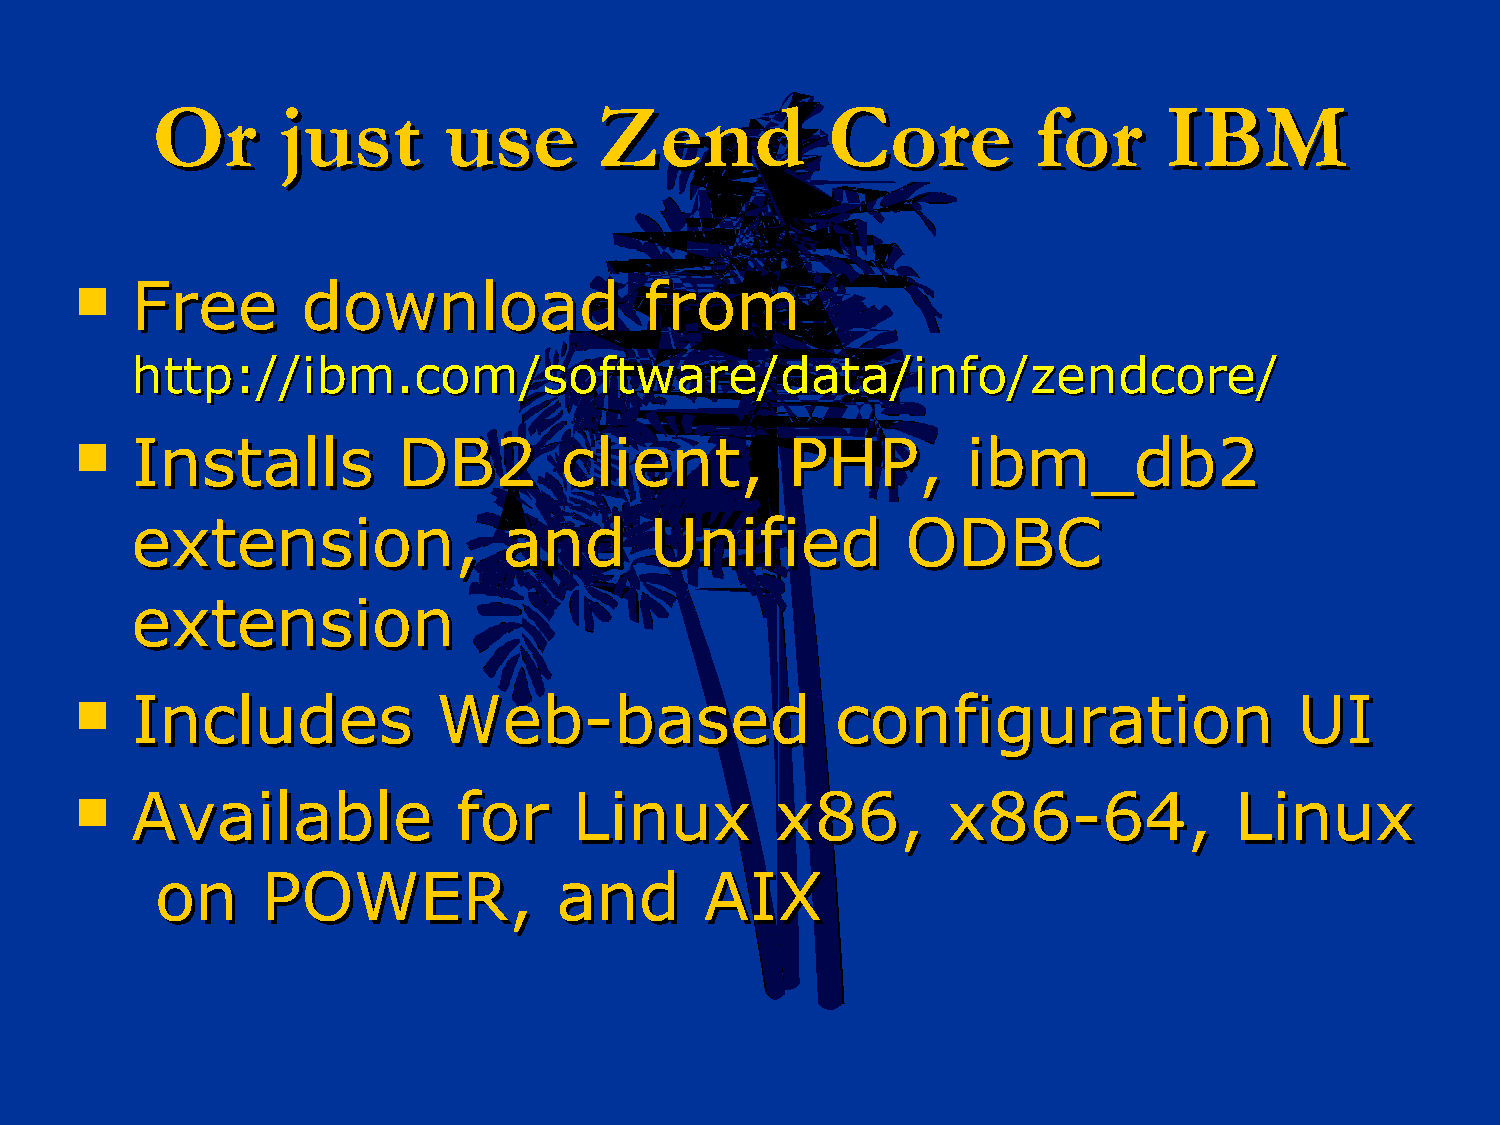
OOrr    jjuusstt   uussee     ZZeenndd       CCoorree      ffoorr  IIBBMM
    FFrreeee   ddoowwnnllooaadd       ffrroomm
 hhttttpp::////iibbmm..ccoomm//ssooffttwwaarree//ddaattaa//iinnffoo//zzeennddccoorree//
    IInnssttaallllss DDBB22     cclliieenntt,, PPHHPP,,    iibbmm__ddbb22
 eexxtteennssiioonn,,    aanndd    UUnniiffiieedd   OODDBBCC
 eexxtteennssiioonn
    IInncclluuddeess    WWeebb--bbaasseedd        ccoonnffiigguurraattiioonn     UUII
    AAvvaaiillaabbllee   ffoorr  LLiinnuuxx   xx8866,,    xx8866--6644,,     LLiinnuuxx
 oonn   PPOOWWEERR,,        aanndd    AAIIXX